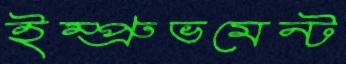
ইম্প্রুভমেন্ট